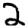
Digit: 2